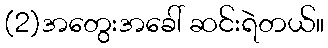
(2)အတွေးအခေါ် ဆင်းရဲတယ်။